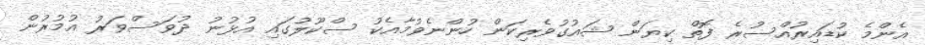
އެންމެ ކުޑައިރުއްސުރެ ފޮތް ކިޔަން ޝައުގުވެރިކަން ހުންނެވުމާއެކު ސްކޫލުގައި އުޅުނު ދުވަސްވަރު އުމުރުން